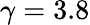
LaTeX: \gamma=3.8